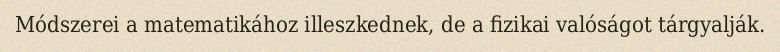
Módszerei a matematikához illeszkednek, de a fizikai valóságot tárgyalják.